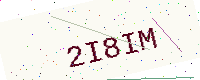
Text: 2I8IM